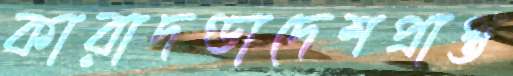
কারাদণ্ডাদেশপ্রাপ্ত